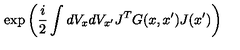
\exp \left( \frac { i } { 2 } \int d V _ { x } d V _ { x ^ { \prime } } J ^ { T } G ( x , x ^ { \prime } ) J ( x ^ { \prime } ) \right)